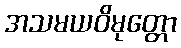
အသမယဝိမုတ္တော